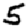
Digit: 5